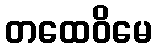
တထေဝိမေ